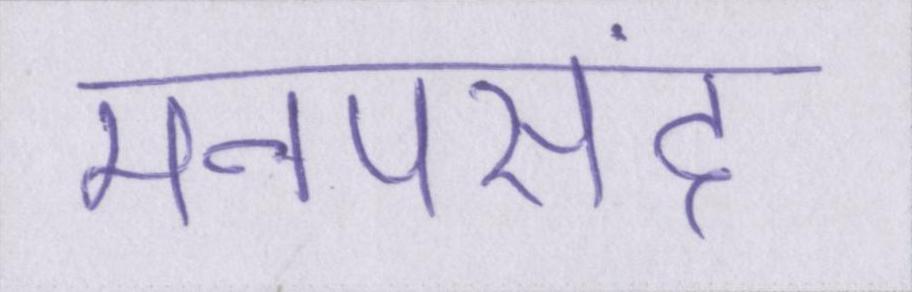
मनपसंद